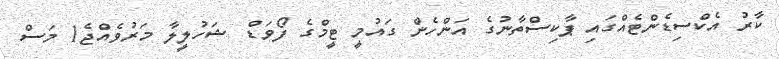
ކާރު އެކްސިޑެންޓެއްގައި ޕާކިސްތާނުގެ އަންހެން ގައުމީ ޓީމްގެ ފޯވަޑް ޝަހުލީލާ މަރުވެއްޖެ1 މަސް